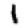
Digit: 1